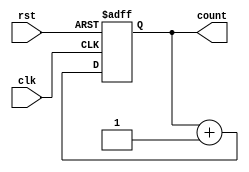
module IncrementalCounter #(
    parameter WIDTH = 8 // Define the width of the counter (8-bit by default)
)(
    input wire clk,      // Increment Trigger (Clock signal)
    input wire rst,      // Asynchronous Reset signal
    output reg [WIDTH-1:0] count // Current count value output
);

// Always block to handle the counting logic
always @(posedge clk or posedge rst) begin
    if (rst) begin
        // If reset is asserted, set count to zero
        count <= 0;
    end else begin
        // Increment count on clock edge if reset is not asserted
        count <= count + 1;
    end
end

endmodule